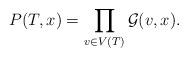
LaTeX: \begin{align*} P(T, x) &= \prod_{v \in V(T)} \mathcal{G}(v, x) . \end{align*}